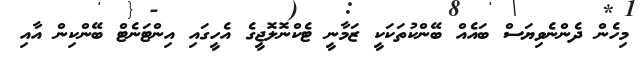
މިހެން ދެންނެވިޔަސް ބައެއް ބޭންކުތަކަކީ ޒަމާނީ ޓެކްނޮލޮޖީގެ އެހީގައި އިންޓަނެޓް ބޭންކިން އާއި